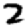
Digit: 2